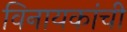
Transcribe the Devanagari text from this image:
विनायकांची